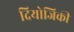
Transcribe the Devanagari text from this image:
दियोजिकी